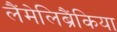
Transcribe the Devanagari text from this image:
लैंमेलिब्रैंकिया